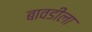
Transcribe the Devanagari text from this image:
बावडीला